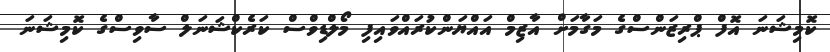
ކޮމިޝަނަ އޮފް ޕްރިޒަންސްގެ މަގާމަށް އާޒިމް އައްޔަންކުރައްވައިފި މޯލްޑިވްސް ކަރެކްޝަނަލް ސާވިސްގެ ކޮމިޝަނަ